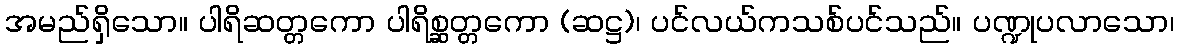
အမည်ရှိသော။ ပါရိဆတ္တကော ပါရိစ္ဆတ္တကော (ဆဋ္ဌ)၊ ပင်လယ်ကသစ်ပင်သည်။ ပဏ္ဍုပလာသော၊